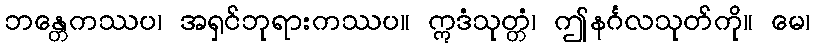
ဘန္တေကဿပ၊ အရှင်ဘုရားကဿပ။ ဣဒံသုတ္တံ၊ ဤနင်္ဂလသုတ်ကို။ မေ၊